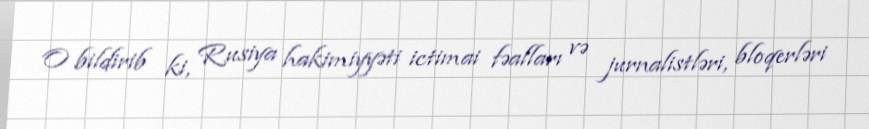
O bildirib ki, Rusiya hakimiyyəti ictimai fəalları və jurnalistləri, bloqerləri